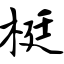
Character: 梃